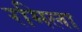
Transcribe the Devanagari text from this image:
रमिला